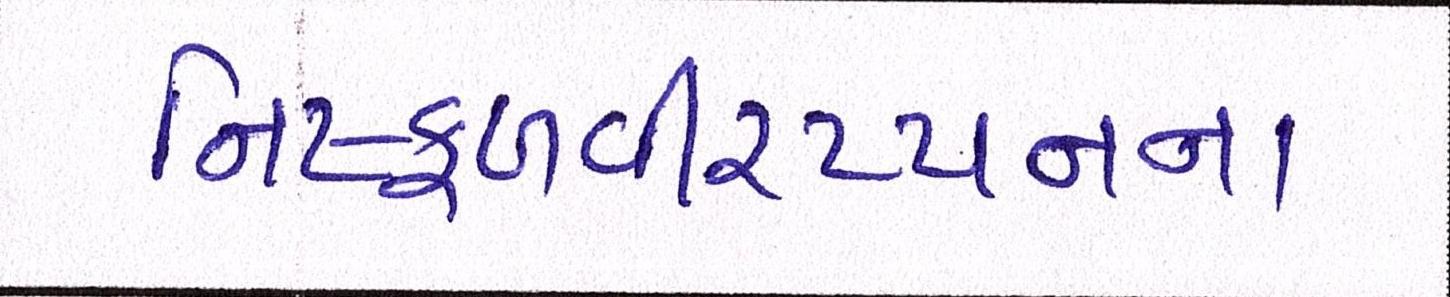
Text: નિષ્ફળવીરપ્પનના